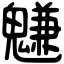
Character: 魐